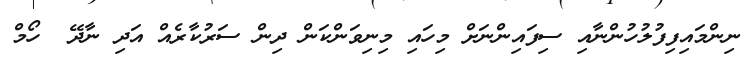
ނިންމައިފިފުލުހުންނާއި ސިފައިންނަށް މިހައި މިނިވަންކަން ދިން ސަރުކާރެއް އަދި ނާދޭ  ހޯމް